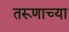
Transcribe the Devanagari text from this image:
तरूणाच्या